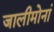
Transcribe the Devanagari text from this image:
जालीमोनां